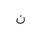
Letter: _non